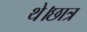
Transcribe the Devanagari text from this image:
थे।छात्र